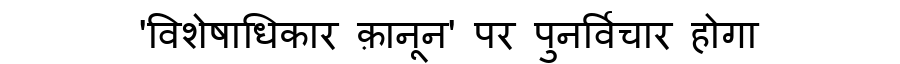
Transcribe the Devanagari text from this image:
'विशेषाधिकार क़ानून' पर पुनर्विचार होगा